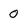
Character: 0